Annual vaccination report of Bihar and Orissa - 1911-1928
Year: 1911
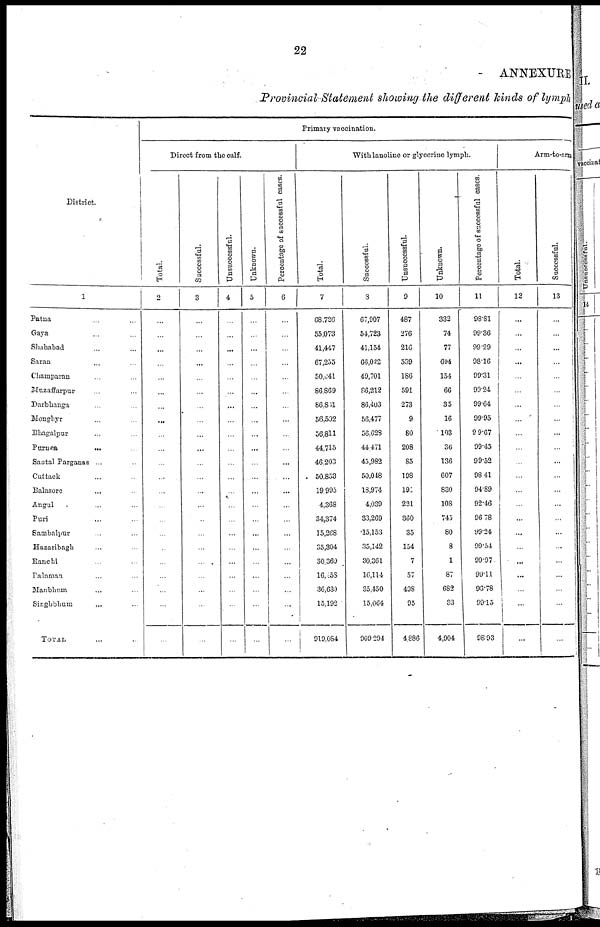
22
ANNEXURE
Provincial Statement showing the different kinds of lymph
District.
1
Patna ... ...
Gaya ... ...
Shahabad ... ...
Saran ... ...
Champaran ... ...
Muzaffarpur ... ...
Darbhanga ... ...
Monghyr ... ...
Bhagalpur ... ...
Purnea
... ...
Santal Parganas ... ...
Cuttack ... ...
Balasore ... ...
Angul ... ...
Puri ... ...
Sambalpur ... ...
Hazaribagh ... ...
Ranchi ... ...
Palamau ... ...
Manbhum ... ...
Singhbhum ... ...
TOTAL ... ...
Primary vaccination.
Direct from the calf.
Total.
2
...
...
...
...
...
...
...
...
...
...
...
...
...
...
...
...
...
...
...
...
...
...
Successful.
3
...
...
...
...
...
...
...
...
...
...
...
...
...
...
...
...
...
...
...
...
...
...
Unsuccessful.
4
...
...
...
...
...
...
...
...
...
...
...
...
...
...
...
...
...
...
...
...
...
...
Unknown.
5
...
...
...
...
...
...
...
...
...
...
...
...
...
...
...
...
...
...
...
...
...
...
Percentage
of successful cases.
6
...
...
...
...
...
...
...
...
...
...
...
...
...
...
...
...
...
...
...
...
...
...
With lanoline or glycerine lymph.
Total.
7
68,726
55,073
41,447
67,255
50,041
86,869
86,861
56,502
56,811
44,715
46,203
50,853
19,995
4,368
34,374
15,268
35,304
30,369
16,258
36,630
15,192
919,084
Successful.
8
67,907
54,723
41,154
66,022
49,701
86,212
86,403
56,477
56,628
44,471
45,982
50,048
18,974
4,039
33,269
15,153
35,142
30,361
16,114
35,450
15,064
909,294
Unsuccessful.
9
487
276
216
539
186
591
273
9
80
208
85
198
191
221
360
35
154
7
57
498
95
4,886
Unknown.
10
332
74
77
694
154
66
35
16
103
36
136
607
830
108
745
80
8
1
87
682
33
4,904
Percentage of successful cases.
11
98.81
99.36
99.29
98.16
99.31
99.24
99.64
99.95
99.67
99.45
99.52
98.41
94.89
92.46
96.78
99.24
99.54
99.97
99.11
96.78
99.15
98.93
Arm-to-arm
Total.
12
...
...
...
...
...
...
...
...
...
...
...
...
...
...
...
...
...
...
...
...
...
...
Successful.
13
...
...
...
...
...
...
...
...
...
...
...
...
...
...
...
...
...
...
...
...
...
...